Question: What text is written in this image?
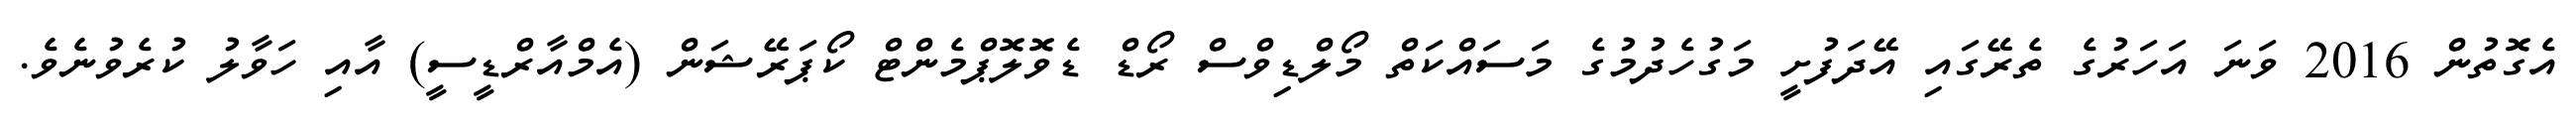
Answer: އެގޮތުން 2016 ވަނަ އަހަރުގެ ތެރޭގައި އޭދަފުށީ މަގުހެދުމުގެ މަސައްކަތް މޯލްޑިވްސް ރޯޑް ޑެވޮލޮޕްމެންޓް ކޯޕަރޭޝަން (އެމްއާރްޑީސީ) އާއި ހަވާލު ކުރެވުނެވެ.